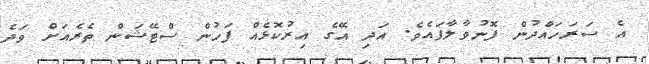
އެ ސަރަހައްދުން ފޮނުވާލާފައެވެ. އަދި އޭގެ އިރުކޮޅެއް ފަހުން ސްޓޭޝަން ތެރެއަށް ވަދެ